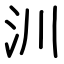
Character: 汌